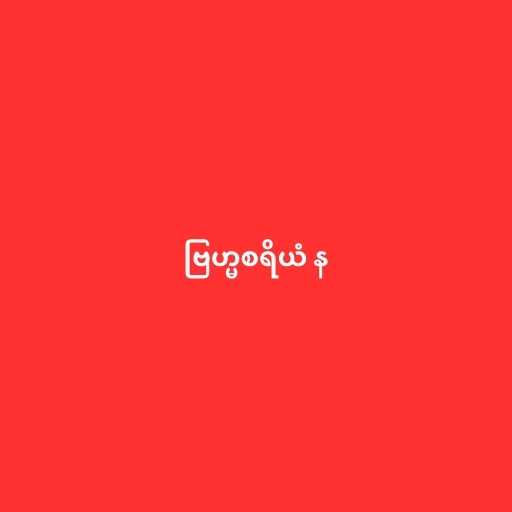
ဗြဟ္မစရိယံ န